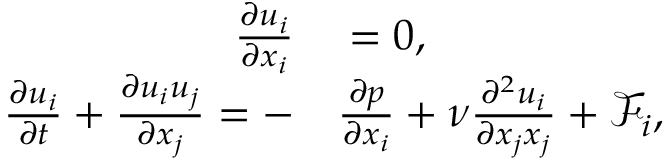
\begin{array} { r l } { \frac { \partial u _ { i } } { \partial x _ { i } } } & { { } = 0 , } \\ { \frac { \partial u _ { i } } { \partial t } + \frac { \partial u _ { i } u _ { j } } { \partial x _ { j } } = - } & { { } \frac { \partial p } { \partial x _ { i } } + \nu \frac { \partial ^ { 2 } u _ { i } } { \partial x _ { j } x _ { j } } + \mathcal { F } _ { i } , } \end{array}